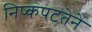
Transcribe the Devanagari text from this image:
निष्कपटतेने